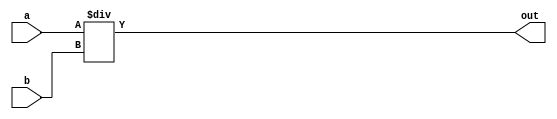
// ---------------------------------------------------------------------
//    Module:     32-bit Divider
//    Contact:    hoser21@up.edu and schendel21@up.edu
// ---------------------------------------------------------------------

module divide_32(out, a, b);

parameter WIDTH = 32;

output [WIDTH-1:0] out;
input [WIDTH-1:0] a,b;

assign out = a / b;

endmodule